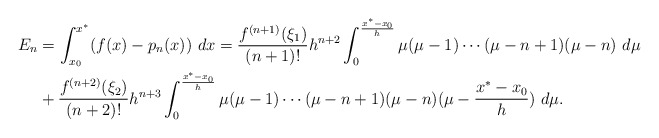
\begin{align*}\begin{aligned}E_n&=\int_{x_0}^{x^*}(f(x)-p_n(x))\ dx=\frac{f^{(n+1)}(\xi_1)}{(n+1)!}h^{n+2}\int_{0}^{\frac{x^*-x_0}{h}}\mu(\mu-1)\cdots(\mu-n+1)(\mu-n)\ d\mu\\&+\frac{f^{(n+2)}(\xi_2)}{(n+2)!}h^{n+3}\int_{0}^{\frac{x^*-x_0}{h}} \mu(\mu-1)\cdots(\mu-n+1)(\mu-n)(\mu-\frac{x^*-x_0}{h})\ d\mu.\end{aligned}\end{align*}